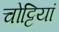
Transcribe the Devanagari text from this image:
चोट्टियां